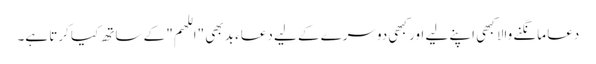
دعا مانگنے والا کبھی اپنے لیے اور کبھی دوسرے کے لیے دعاء بد بھی "اللھم" کے ساتھ کیا کرتا ہے۔